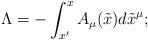
LaTeX: \begin{align*}\Lambda=-\int_{x'}^{x}A_{\mu}(\tilde{x})d\tilde{x}^{\mu};\end{align*}